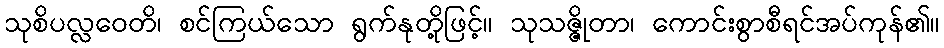
သုစိပလ္လဝေတိ၊ စင်ကြယ်သော ရွက်နုတို့ဖြင့်။ သုသဇ္ဇိုတာ၊ ကောင်းစွာစီရင်အပ်ကုန်၏။